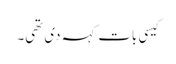
کیسی بات کہہ دی تھی۔